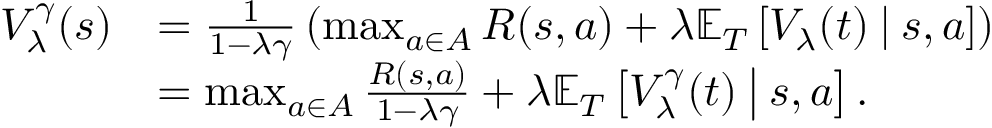
\begin{array} { r l } { V _ { \lambda } ^ { \gamma } ( s ) } & { = \frac { 1 } { 1 - \lambda \gamma } \left( \operatorname* { m a x } _ { a \in A } R ( s , a ) + \lambda \mathbb { E } _ { T } \left[ V _ { \lambda } ( t ) \: \middle \vert \: s , a \right] \right) } \\ & { = \operatorname* { m a x } _ { a \in A } \frac { R ( s , a ) } { 1 - \lambda \gamma } + \lambda \mathbb { E } _ { T } \left[ V _ { \lambda } ^ { \gamma } ( t ) \: \middle \vert \: s , a \right] . } \end{array}